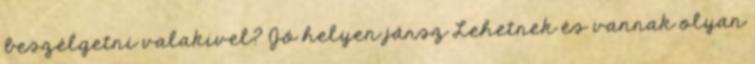
beszélgetni valakivel? Jó helyen jársz Lehetnek és vannak olyan